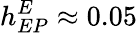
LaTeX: h_{EP}^{E}\approx 0.05